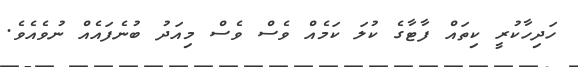
ހަދިހާކުރީ ކިތައް ފާޓާގެ ކުލަ ކަމެއް ވެސް ވެސް މިއަދު ބުނެފައެއް ނުވެއެވެ.